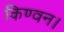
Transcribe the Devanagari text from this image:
किण्वन।